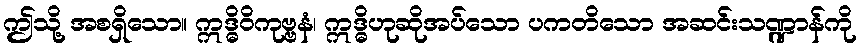
ဤသို့ အစရှိသော။ ဣဒ္ဓိဝိကုဗ္ဗနံ၊ ဣဒ္ဓိဟုဆိုအပ်သော ပကတိသော အဆင်းသဏ္ဍာန်ကို